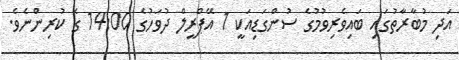
އަދި މުބާރާތުގައި ބައިވެރިވުމުގެ ސުންގަޑިއަކީ 1 އޭޕްރީލް ދުވަހުގެ 14:00 ގެ ކުރިންނެވެ.